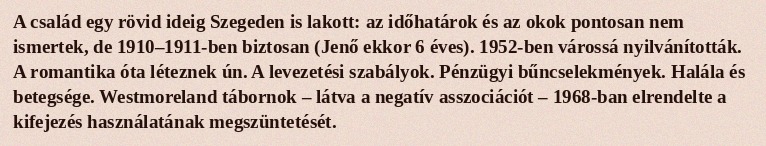
A család egy rövid ideig Szegeden is lakott: az időhatárok és az okok pontosan nem ismertek, de 1910–1911-ben biztosan (Jenő ekkor 6 éves). 1952-ben várossá nyilvánították. A romantika óta léteznek ún. A levezetési szabályok. Pénzügyi bűncselekmények. Halála és betegsége. Westmoreland tábornok – látva a negatív asszociációt – 1968-ban elrendelte a kifejezés használatának megszüntetését.